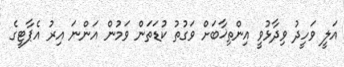
އަލީ ވަހީދު ވިދާޅުވީ އިންތިޚާބަށް ވަގުތު ކުޑަތަން ވަމުން އަންނަ އިރު އެޕާޓީގެ